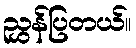
ညွှန်ပြတယ်။